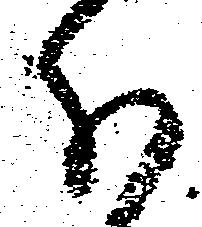
分